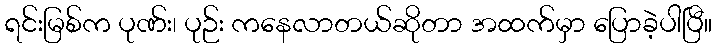
ရင်းမြစ်က ပုဏ်း၊ ပုဉ်း ကနေလာတယ်ဆိုတာ အထက်မှာ ပြောခဲ့ပါပြီ။